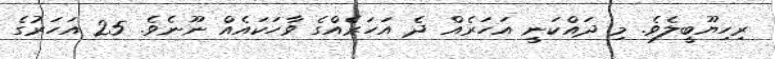
ރިހިޔޫބީލެވެ. މި ދައްކަނީ އަހަރެއް ދެ އަހަރެއްގެ ވާހަކައެއް ނޫނެވެ. 25 އަހަރުގެ